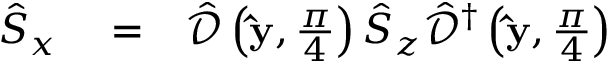
\begin{array} { r l r } { \hat { S } _ { x } } & { { } = } & { \hat { \mathcal { D } } \left( { \bf \hat { y } } , \frac { \pi } { 4 } \right) \hat { S } _ { z } \hat { \mathcal { D } } ^ { \dagger } \left( { \bf \hat { y } } , \frac { \pi } { 4 } \right) } \end{array}